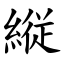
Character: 縦